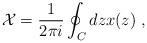
LaTeX: \begin{align*}\mathcal{X}=\frac{1}{2\pi i} \oint_C dz x(z) \ ,\end{align*}